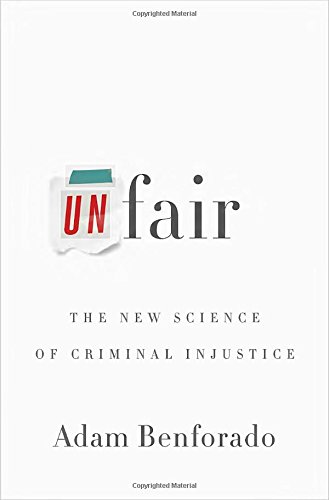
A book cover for Unfair: The New Science of Criminal Injustice; Adam Benforado; Medical Books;